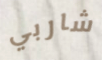
شاربي